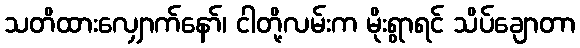
သတိထားလျှောက်နော်၊ ငါတို့လမ်းက မိုးရွာရင် သိပ်ချောတာ